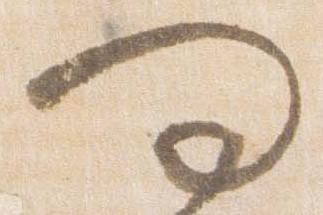
問